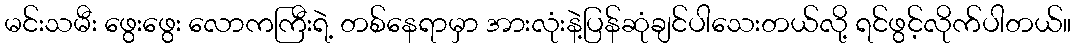
မင်းသမီး ဖွေးဖွေး လောကကြီးရဲ့ တစ်နေရာမှာ အားလုံးနဲ့ပြန်ဆုံချင်ပါသေးတယ်လို့ ရင်ဖွင့်လိုက်ပါတယ်။